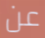
عن